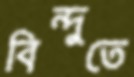
বিন্দুতে